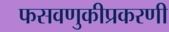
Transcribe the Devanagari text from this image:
फसवणुकीप्रकरणी